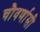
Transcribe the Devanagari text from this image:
चौवर्णासी